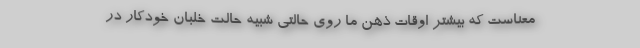
معناست که بیشتر اوقات ذهن ما روی حالتی شبیه حالت خلبان خودکار در